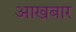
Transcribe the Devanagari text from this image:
आखबार